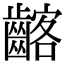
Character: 𪘺